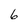
Character: 6